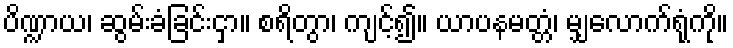
ပိဏ္ဍာယ၊ ဆွမ်းခံခြင်းငှာ။ စရိတွာ၊ ကျင့်၍။ ယာပနမတ္တံ၊ မျှလောက်ရုံကို။